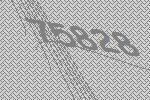
75828